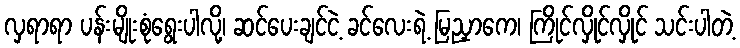
လှရာရာ ပန်းမျိုးစုံရွေးပါလို့၊ ဆင်ပေးချင်ငဲ့ ခင်လေးရဲ့ မြညှာကေ၊ ကြိုင်လှိုင်လှိုင် သင်းပါတဲ့